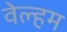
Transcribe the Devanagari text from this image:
वेल्हम